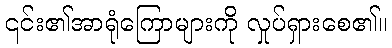
၎င်း၏အာရုံကြောများကို လှုပ်ရှားစေ၏။